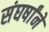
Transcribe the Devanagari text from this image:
संघर्षांने